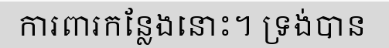
ការពារកន្លែងនោះ។ ទ្រង់បាន